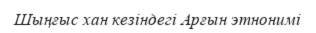
Шыңғыс хан кезіндегі Арғын этнонимі